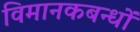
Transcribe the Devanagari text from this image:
विमानकबन्धों